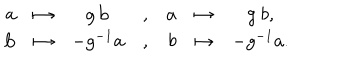
\begin{array} { r c c c r c c } { { { \bf a } } } & { { \mapsto } } & { { g \, { \bf b } } } & { { , } } & { { a } } & { { \mapsto } } & { { g \ b , } } \\ { { { \bf b } } } & { { \mapsto } } & { { - g ^ { - 1 } { \bf a } } } & { { , } } & { { b } } & { { \mapsto } } & { { - g ^ { - 1 } a . } } \\ \end{array}